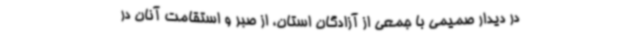
در دیدار صمیمی با جمعی از آزادگان استان، از صبر و استقامت آنان در